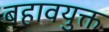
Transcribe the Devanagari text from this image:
बहावयुक्त